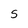
Character: S